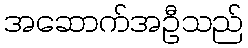
အဆောက်အဦသည်